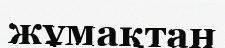
жұмақтан